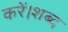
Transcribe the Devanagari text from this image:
करें।शब्द